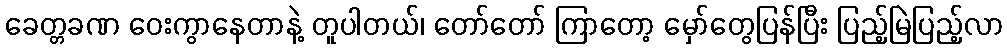
ခေတ္တခဏ ဝေးကွာနေတာနဲ့ တူပါတယ်၊ တော်တော် ကြာတော့ မှော်တွေပြန်ပြီး ပြည့်မြဲပြည့်လာ